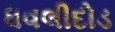
ધવલીદોડ